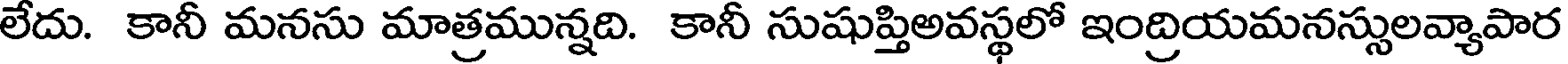
లేదు. కానీ మనసు మాత్రమున్నది. కానీ సుషుప్తిఅవస్థలో ఇంద్రియమనస్సులవ్యాపార